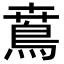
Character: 𩿜